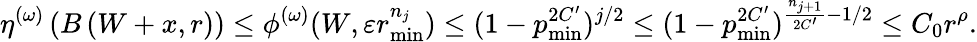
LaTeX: \eta^{(\omega)}\left(B\left(W+x,r\right)\right)\leq\phi^{(\omega)}(W,\varepsilon r_{\operatorname*{min}}^{n_{j}})\leq(1-p_{\operatorname*{min}}^{2C^{\prime}})^{j/2}\leq(1-p_{\operatorname*{min}}^{2C^{\prime}})^{\frac{n_{j+1}}{2C^{\prime}}-1/2}\leq C_{0}r^{\rho}.